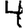
Digit: 4